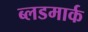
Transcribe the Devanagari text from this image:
ब्लडमार्क